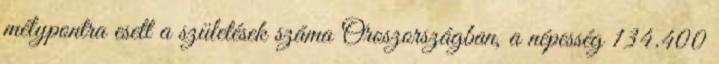
mélypontra esett a születések száma Oroszországban, a népesség 134.400